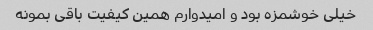
خیلی خوشمزه بود و امیدوارم همین کیفیت باقی بمونه